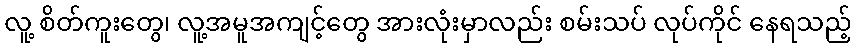
လူ့ စိတ်ကူးတွေ၊ လူ့အမူအကျင့်တွေ အားလုံးမှာလည်း စမ်းသပ် လုပ်ကိုင် နေရသည့်